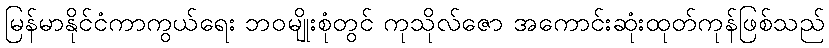
မြန်မာနိုင်ငံကာကွယ်ရေး ဘဝမျိုးစုံတွင် ကုသိုလ်ဇော အကောင်းဆုံးထုတ်ကုန်ဖြစ်သည်